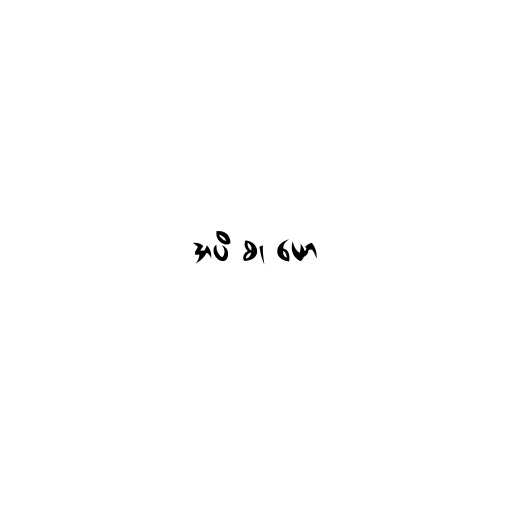
အပိ စ၊ ယော